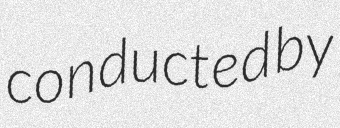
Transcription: conducted by